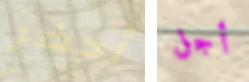
أحضر أجل